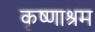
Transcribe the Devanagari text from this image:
कृष्णाश्रम